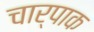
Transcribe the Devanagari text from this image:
चार्पाक